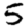
Digit: 5